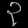
Digit: ၃